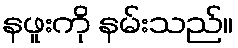
နဖူးကို နမ်းသည်။